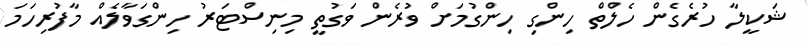
ޝަކީލާ ހުރެގެން ހެލްތް ހިންގި ހިންގުމަށް ވުރެން ވަގުތީ މިނިސްޓަރު ހިންގަވާލެއް މާފުރިހަމަ